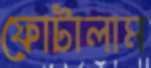
ফোটালাম